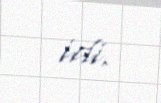
idi.